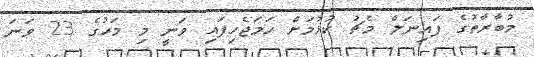
މުބާރާތުގެ ފައިނަލް މެޗު ކުޅުމަށް ހަމަޖެހިފައި ވަނީ މި މަހުގެ 23 ވަނަ